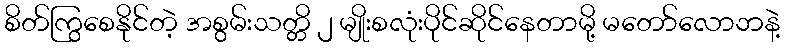
စိတ်ကြွစေနိုင်တဲ့ အစွမ်းသတ္တိ ၂ မျိုးစလုံးပိုင်ဆိုင်နေတာမို့ မတော်လောဘနဲ့